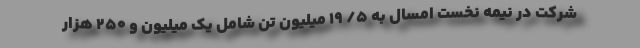
شرکت در نیمه نخست امسال به ۵/ ۱۹ میلیون تن شامل یک ‌میلیون و ۲۵۰ هزار